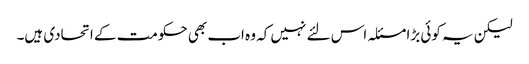
لیکن یہ کوئی بڑا مسئلہ اس لئے نہیں کہ وہ اب بھی حکومت کے اتحادی ہیں۔